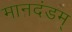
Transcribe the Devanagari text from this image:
मानदंडम्